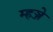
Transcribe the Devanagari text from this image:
म्हञ्जे